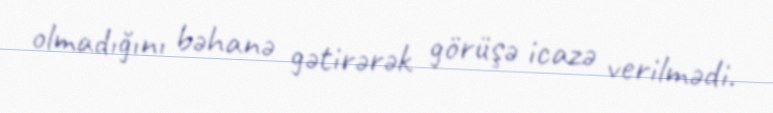
olmadığını bəhanə gətirərək görüşə icazə verilmədi.